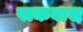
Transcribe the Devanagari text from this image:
पाकवास